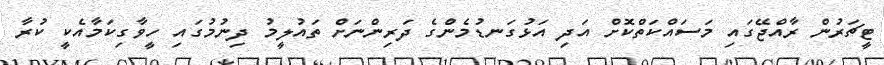
ޓީޗަރުން ރާއްޖޭގައި މަސައްކަތްކޮށް އަދި އަޅުގަނޑުމެންގެ ދަރިންނަށް ތައުލީމު ދިނުމުގައި ހީވާގިކަމާއެކީ ކުރާ